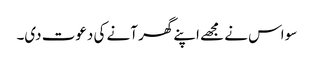
سو اس نے مجھے اپنے گھر آنے کی دعوت دی۔